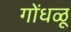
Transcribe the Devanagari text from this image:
गोंधळू